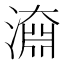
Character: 𣽂